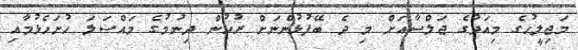
މަޖިލީހުގެ މިއަދުގެ ޖަލްސާއަށް މި ދެ ބޭފުޅުންނަށް ރުހުން ދިނުމުގެ މައްސަލަ ހުށަހެޅުމާއި